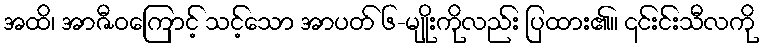
အထိ၊ အာဇီဝကြောင့် သင့်သော အာပတ် ၆-မျိုးကိုလည်း ပြထား၏။ ၎င်းင်းသီလကို